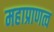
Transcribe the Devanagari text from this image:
महाप्राणत्व